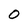
Character: 0